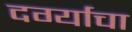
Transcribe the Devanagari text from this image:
दर्ग्याचा